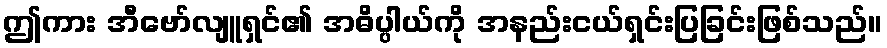
ဤကား အီဗော်လျူရှင်၏ အဓိပ္ပါယ်ကို အနည်းငယ်ရှင်းပြခြင်းဖြစ်သည်။